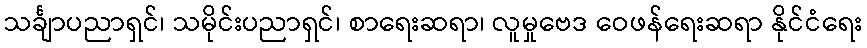
သင်္ချာပညာရှင်၊ သမိုင်းပညာရှင်၊ စာရေးဆရာ၊ လူမှုဗေဒ ဝေဖန်ရေးဆရာ နိုင်ငံရေး